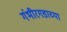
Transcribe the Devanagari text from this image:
गंभीरगडाच्या